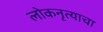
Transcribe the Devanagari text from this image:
लोकनृत्याचा